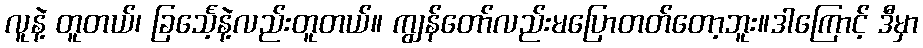
လူနဲ့ တူတယ်၊ ခြင်္သေ့နဲ့လည်းတူတယ်။ ကျွန်တော်လည်းမပြောတတ်တော့ဘူး။ဒါကြောင့် ဒီမှာ